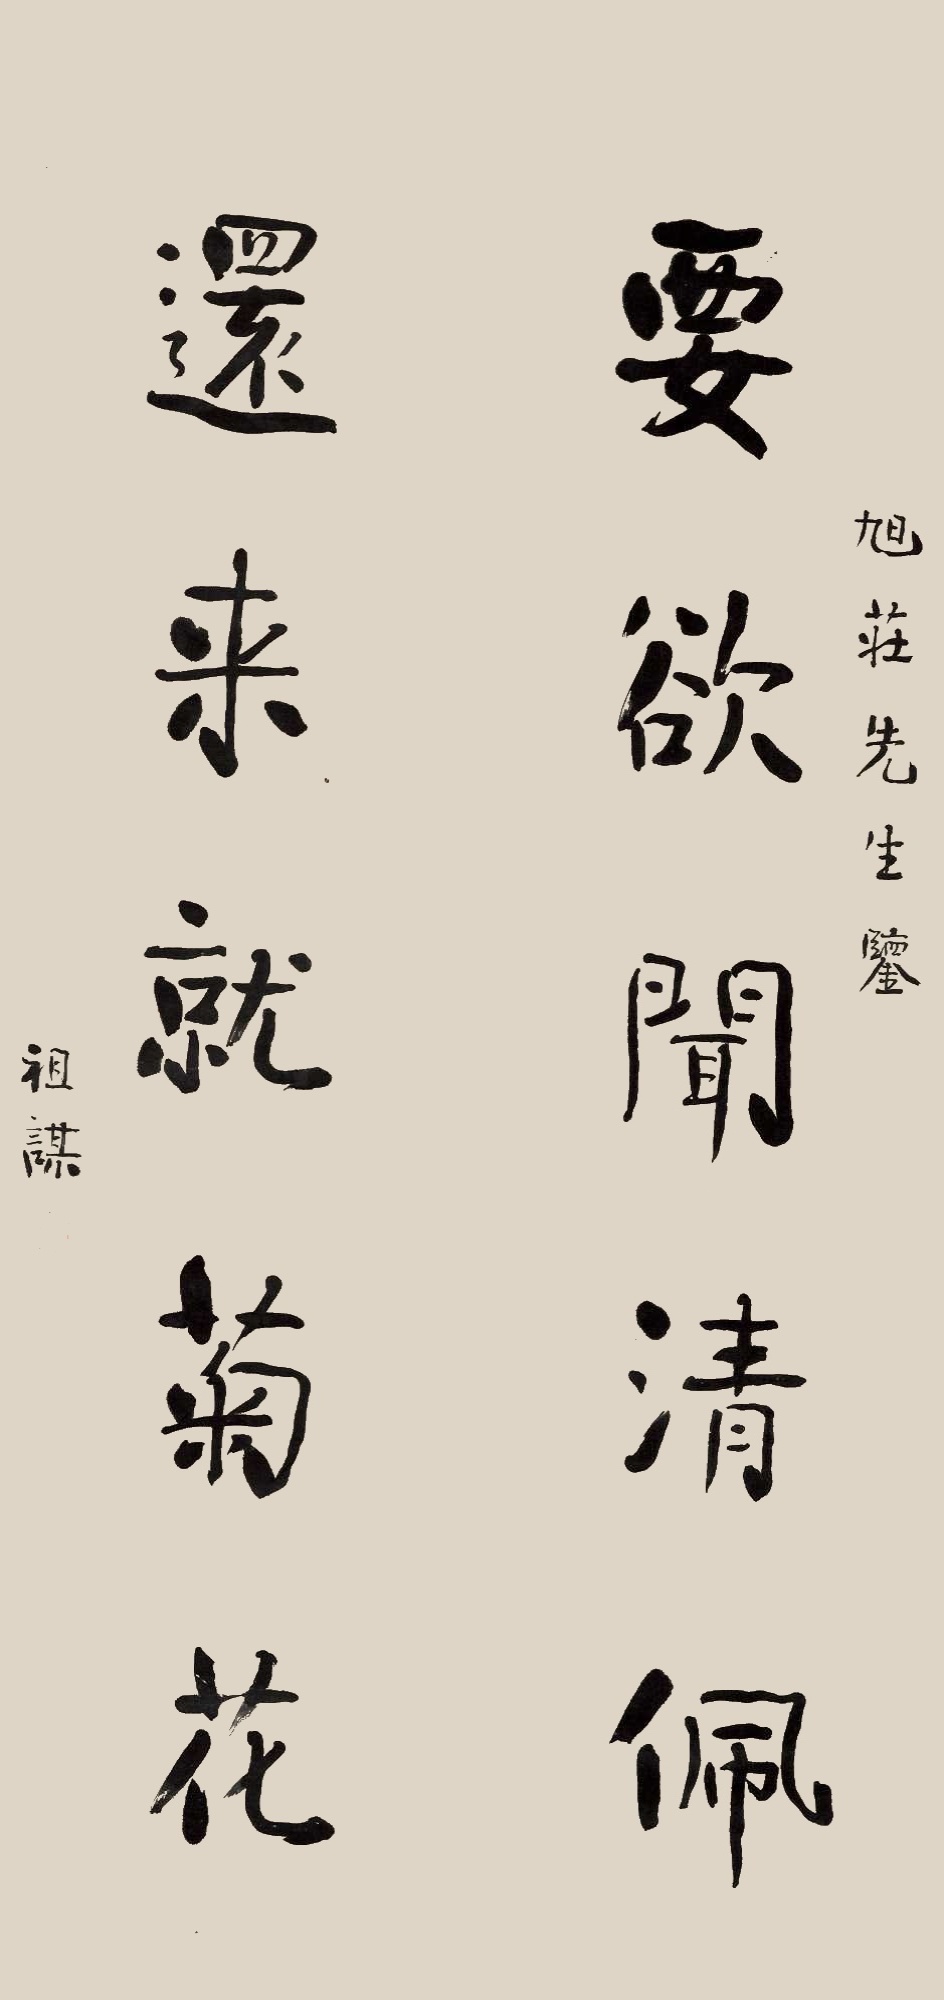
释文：要欲闻清佩，还来就菊花。旭庄先生鉴，祖谋。